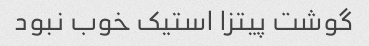
گوشت پیتزا استیک خوب نبود